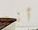
أنم